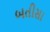
બતીસા